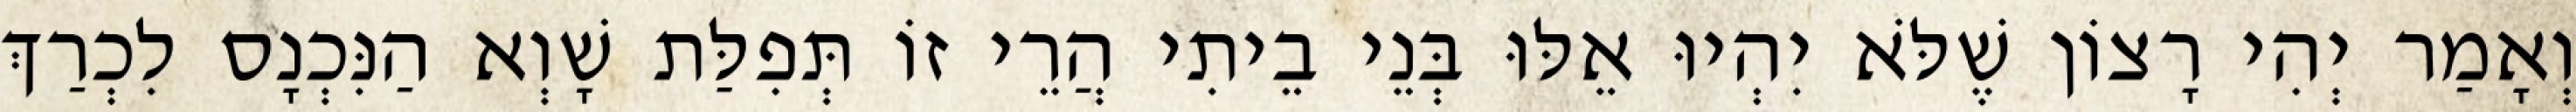
וְאָמַר יְהִי רָצוֹן שֶׁלֹּא יִהְיוּ אֵלּוּ בְּנֵי בֵיתִי הֲרֵי זוֹ תְּפִלַּת שָׁוְא הַנִּכְנָס לִכְרַךְ